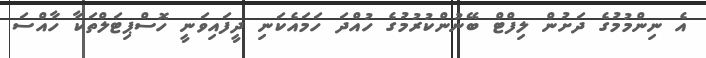
އެ ނިންމުމުގެ ދަށުން ލިފްޓް ބޭނުންކުރުމުގެ ހުއްދަ ހަމައެކަނި ދީފައިވަނީ ހޮސްޕިޓަލްތަކާ ހާއްސަ